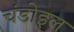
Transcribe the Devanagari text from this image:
चंडोइल